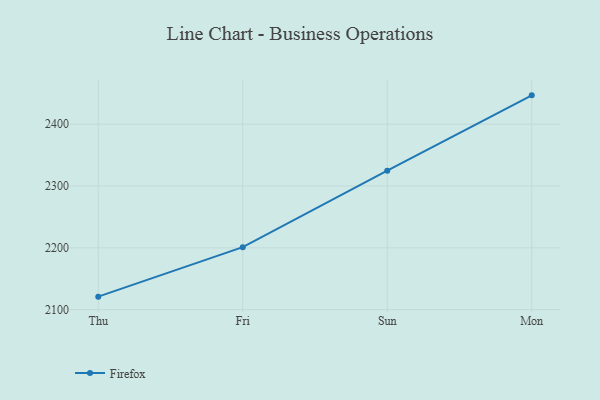
{"axis": {"x": "Day", "y": "Customer Acquisition Cost (USD)"}, "legend": ["Firefox"], "data": [{"x": "Thu", "y": 2121.0, "type": "Firefox"}, {"x": "Fri", "y": 2201.1, "type": "Firefox"}, {"x": "Sun", "y": 2324.7, "type": "Firefox"}, {"x": "Mon", "y": 2446.6, "type": "Firefox"}]}